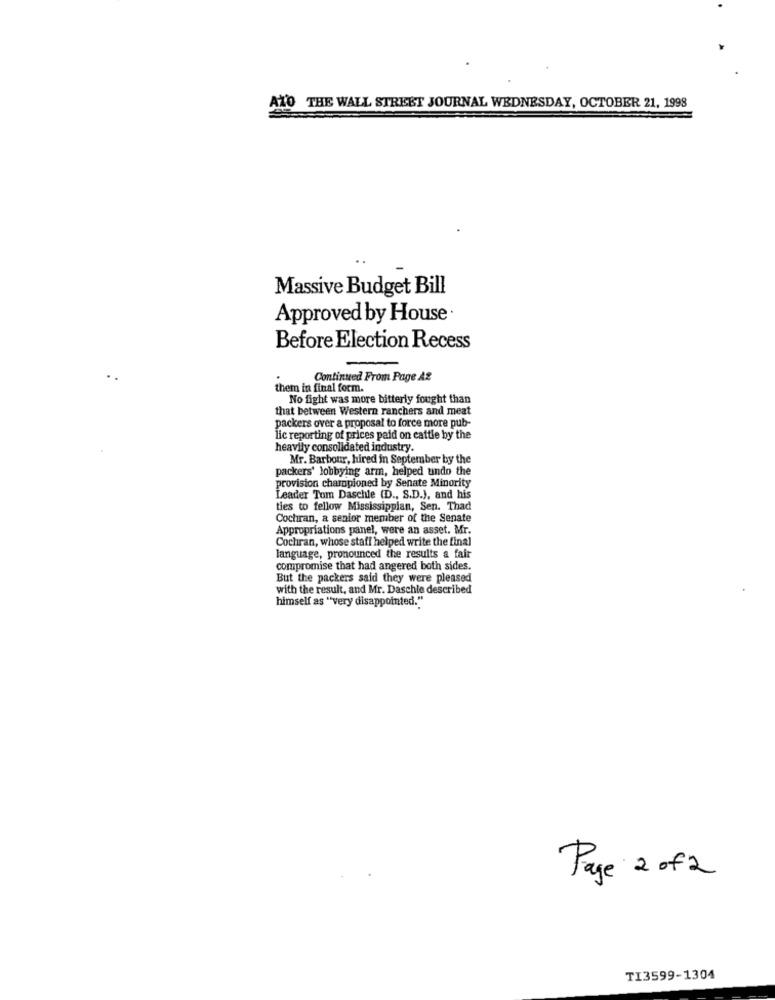
ATO THE WALL STREET JOURNAL WEDNESDAY, OCTOBER 21, 1998
Massive Budget Bill
Approved by House
Before Election Recess
..
Continued From Page A2
them in final form.
No fight was more bitterly fought than
that between Western ranchers and meat
packers over a proposal to force more pub-
lic reporting of prices paid on cattle by the
heavily consolidated industry.
Mr. Barbour, hired in September by the
packers' lobbying arm, helped undo the
provision championed by Senate Minority
Leader Tom Daschle (D ., S.D.), and his
ties to fellow Mississippian, Sen. Thad
Cochran, a senior member of the Senate
Appropriations panel, were an asset. Mr.
Cochran, whose staff helped write the final
language, pronounced the results a fair
compromise that had angered both sides.
But the packers said they were pleased
with the result, and Mr. Daschle described
himself as "very disappointed."
Page 2 of 2
TI3599-1304